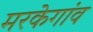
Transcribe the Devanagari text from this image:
मरकेगांव